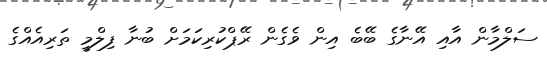
ސަލްމާން އާއި އޭނާގެ ބޭބެ އިން ވެގެން ރޭޕްކުރިކަމަށް ބުނާ ފިލްމީ ތަރިއެއްގެ